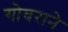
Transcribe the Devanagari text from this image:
गोवराने